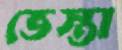
ভেস্তা